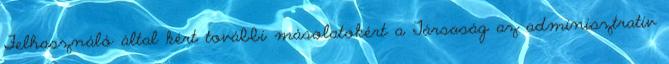
Felhasználó által kért további másolatokért a Társaság az adminisztratív